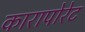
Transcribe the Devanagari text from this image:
कारापोरेट